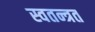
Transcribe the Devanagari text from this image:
स्वतन्त्रत